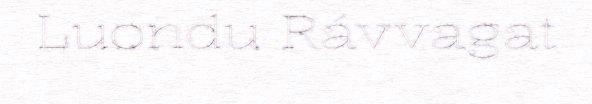
Luondu Rávvagat